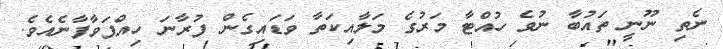
ނެތި ނޫނީ ތައުބާ ނުވެ ހުއްޓާ މަރުގެ މަލާއިކަތާ ވަޑައިގެން ފުރާނަ ހިއްޕަވާފާނެއެވެ.